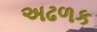
અઢળક